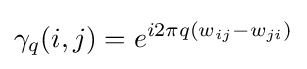
\gamma _{q}(i,j)=e^{i2\pi q(w_{ij}-w_{ji})}